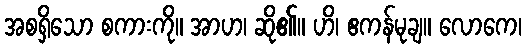
အစရှိသော စကားကို။ အာဟ၊ ဆို၏။ ဟိ၊ ဧကန်မုချ။ လောကေ၊